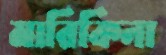
মারিকিনা